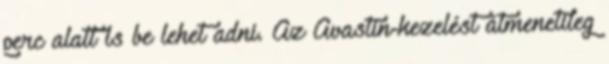
perc alatt is be lehet adni. Az Avastin-kezelést átmenetileg